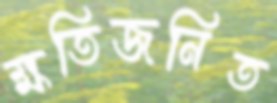
ক্ষতিজনিত